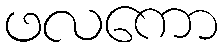
ဖလကော